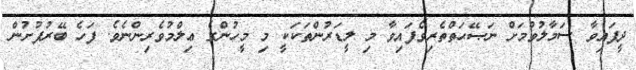
ދީފައިވާ ސަމާލުވުމަށް ނަޞޭޙަތްތެރިވެފައިވާ މި ލީޑަރުންތަކަކީ މި މީހުންގެ ޢިލްމުވެރިންނެވެ. ފަހެ ބޭރުފުށުން